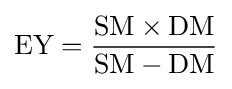
{\mbox{EY}}={\frac {{\mbox{SM}}\times {\mbox{DM}}}{{\mbox{SM}}-{\mbox{DM}}}}